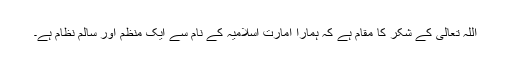
اللہ تعالی کے شکر کا مقام ہے کہ ہمارا امارت اسلامیہ کے نام سے ایک منظم اور سالم نظام ہے۔